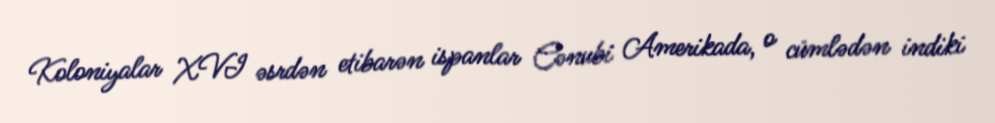
Koloniyalar XVI əsrdən etibarən ispanlar Cənubi Amerikada, o cümlədən indiki